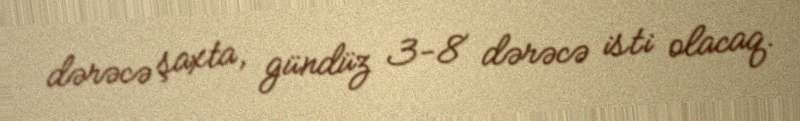
dərəcə şaxta, gündüz 3-8 dərəcə isti olacaq.